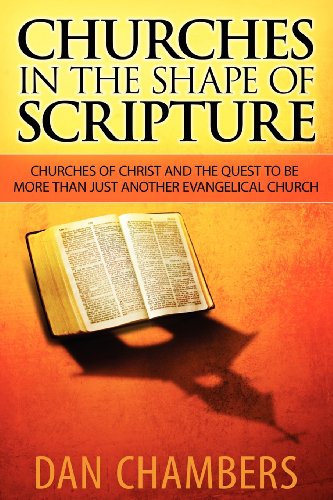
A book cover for Churches in the Shape of Scripture; Dan Chambers; Christian Books & Bibles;